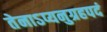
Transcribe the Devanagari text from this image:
तेनाऽप्यनुग्रहपदं